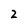
Character: 2